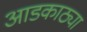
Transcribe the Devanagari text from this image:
आडकाठ्या